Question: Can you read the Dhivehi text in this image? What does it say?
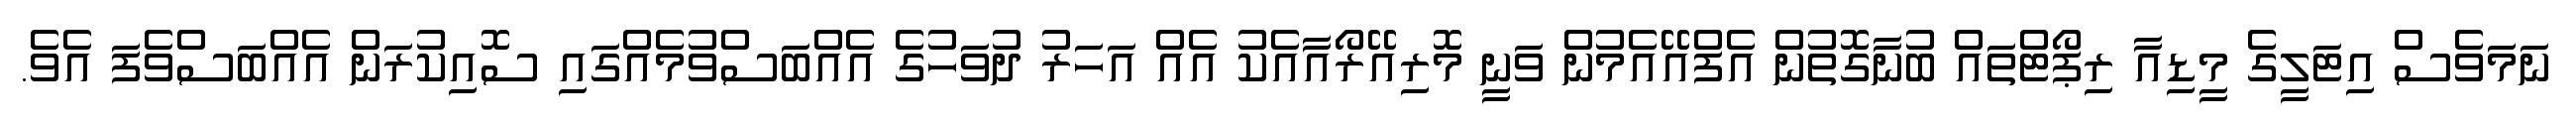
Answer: ނަމަވެސް އިޓަލީގެ މީޑިއާ ރިޕޯޓްތައް ބުނާގޮތުން އެފްއޭއެމުން ވަނީ މޮރިއޭރޯއާއެކު އެއް އަހަރު ދުވަހުގެ އެއްބަސްވުމެއްގައި ސޮއިކުރަން އެއްބަސްވެފަ އެވެ.